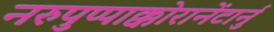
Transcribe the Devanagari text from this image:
नरुपुप्पाक्कोरानेंटार्नु